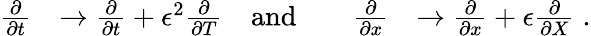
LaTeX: \begin{array}{rlrlrl}{\frac{\partial}{\partial t}}&{\rightarrow\frac{\partial}{\partial t}+\epsilon^{2}\frac{\partial}{\partial T}}&{\mathrm{and}}&{}&{\frac{\partial}{\partial x}}&{\rightarrow\frac{\partial}{\partial x}+\epsilon\frac{\partial}{\partial X}\; .}\end{array}